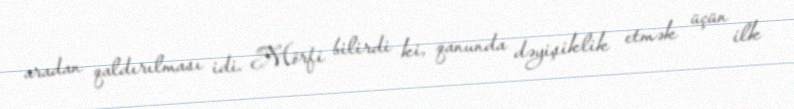
aradan qaldırılması idi. Mörfi bilirdi ki, qanunda dəyişiklik etmək üçün ilk